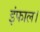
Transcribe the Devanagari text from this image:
इंफाल।